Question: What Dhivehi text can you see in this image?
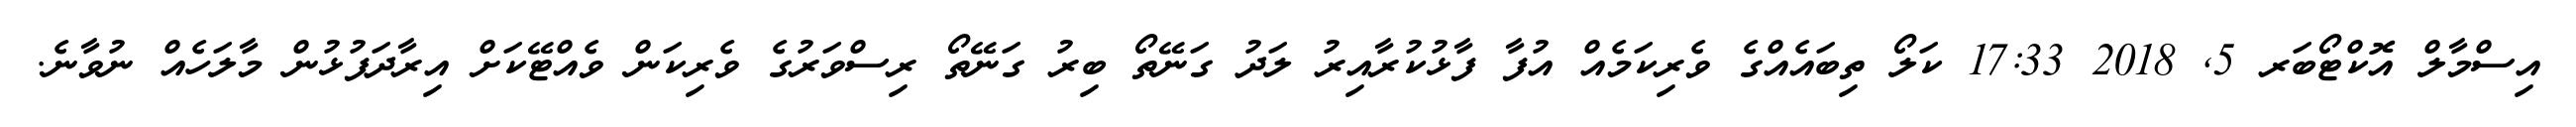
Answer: އިސްމާލް އޮކްޓޯބަރ 5, 2018 17:33 ކަލޯ ތިބައެއްގެ ވެރިކަމެއް އުފާ ފާޅުކުރާއިރު ލަދު ގަނޭތޯ ބިރު ގަނޭތޯ ރިސްވަރުގެ ވެރިކަން ވެއްޓޭކަށް އިރާދަފުޅުން މާލަހެއް ނުވާނެ.